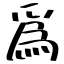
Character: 爲